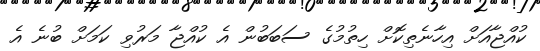
ކުއްޖާއަށް އިހާނެތިކޮށް ހިތުމުގެ ސަބަބުން އެ ކުއްޖާ މަރުވި ކަމަށް ބުނެ އެ